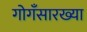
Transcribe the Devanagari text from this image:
गोगँसारख्या